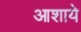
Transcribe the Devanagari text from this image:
आशाये